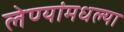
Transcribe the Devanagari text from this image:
लेण्यांमधल्या